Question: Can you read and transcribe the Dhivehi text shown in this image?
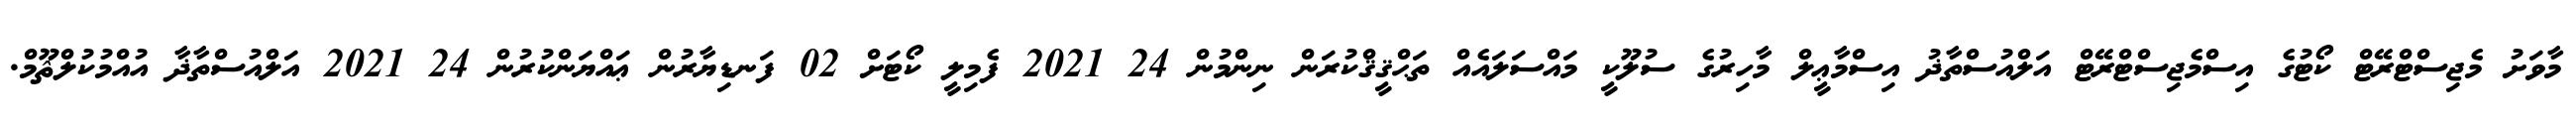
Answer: މާވަށު މެޖިސްޓްރޭޓް ކޯޓުގެ އިސްމެޖިސްޓްރޭޓް އަލްއުސްތާޛު އިސްމާޢީލް މާހިރުގެ ސުލޫކީ މައްސަލައެއް ތަޙްޤީޤްކުރަން ނިންމުން 24 2021 ފެމިލީ ކޯޓަށް 02 ފަނޑިޔާރުން ޢައްޔަންކުރުން 24 2021 އަލްއުސްތާޛާ އުއްމުކުލްޘޫމް.